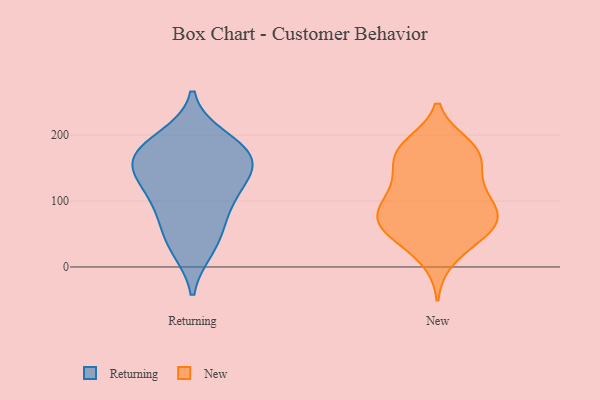
{"axis": {"x": "Net Income (USD K)", "y": "Value"}, "legend": ["New", "Returning"], "data": [{"x": "", "y": 126, "type": "Returning"}, {"x": "", "y": 39, "type": "Returning"}, {"x": "", "y": 127, "type": "Returning"}, {"x": "", "y": 178, "type": "Returning"}, {"x": "", "y": 29, "type": "Returning"}, {"x": "", "y": 195, "type": "Returning"}, {"x": "", "y": 166, "type": "Returning"}, {"x": "", "y": 84, "type": "Returning"}, {"x": "", "y": 140, "type": "Returning"}, {"x": "", "y": 169, "type": "Returning"}, {"x": "", "y": 168, "type": "Returning"}, {"x": "", "y": 83, "type": "Returning"}, {"x": "", "y": 81, "type": "New"}, {"x": "", "y": 49, "type": "New"}, {"x": "", "y": 69, "type": "New"}, {"x": "", "y": 172, "type": "New"}, {"x": "", "y": 146, "type": "New"}, {"x": "", "y": 68, "type": "New"}, {"x": "", "y": 93, "type": "New"}, {"x": "", "y": 128, "type": "New"}, {"x": "", "y": 185, "type": "New"}, {"x": "", "y": 43, "type": "New"}, {"x": "", "y": 74, "type": "New"}, {"x": "", "y": 119, "type": "New"}, {"x": "", "y": 180, "type": "New"}, {"x": "", "y": 174, "type": "New"}, {"x": "", "y": 171, "type": "New"}, {"x": "", "y": 82, "type": "New"}, {"x": "", "y": 110, "type": "New"}, {"x": "", "y": 12, "type": "New"}, {"x": "", "y": 53, "type": "New"}]}